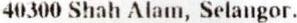
40300 SHAH ALAM, SELANGOR.